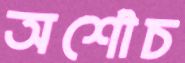
অশৌচ